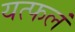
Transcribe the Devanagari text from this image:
यत्फलं